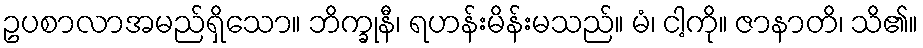
ဥပစာလာအမည်ရှိသော။ ဘိက္ခုနီ၊ ရဟန်းမိန်းမသည်။ မံ၊ ငါ့ကို။ ဇာနာတိ၊ သိ၏။